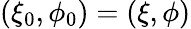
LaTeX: (\xi_{0},\phi_{0})=(\xi,\phi)